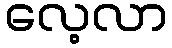
လေ့လာ